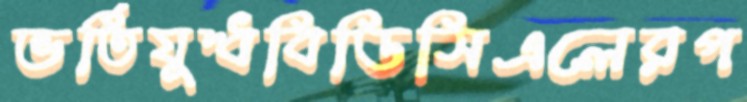
ভর্তিযুদ্ধবিডিসিএলেরপ